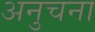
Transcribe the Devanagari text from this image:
अनुचना